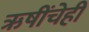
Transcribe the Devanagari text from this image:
ऋषींचेही